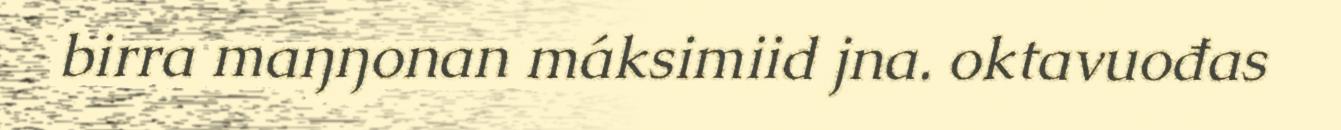
birra maŋŋonan máksimiid jna. oktavuođas